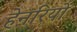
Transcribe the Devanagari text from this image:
हेनरियों